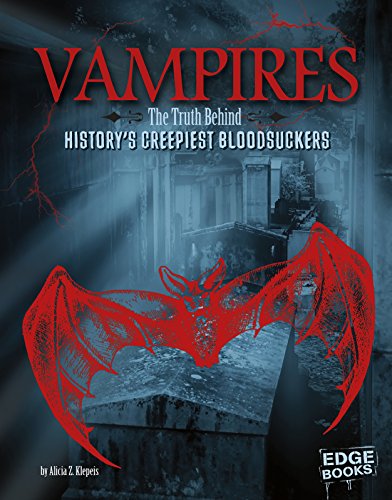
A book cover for Vampires: The Truth Behind History's Creepiest Bloodsuckers (Monster Handbooks); Alicia Z. Klepeis; Children's Books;